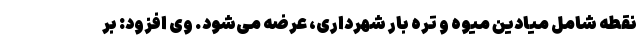
نقطه شامل میادین میوه و تره بار شهرداری، عرضه می‌شود. وی افزود: بر